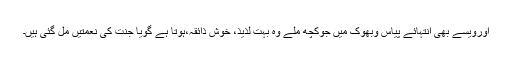
اورویسے بھی انتہائے پیاس وبھوک میں جوکچھ ملے وہ بہت لذیذ، خوش ذائقہ،ہوتا ہے گویا جنت کی نعمتیں مل گئی ہیں۔